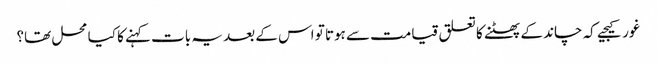
غور کیجیے کہ چاند کے پھٹنے کا تعلق قیامت سے ہوتا تو اس کے بعد یہ بات کہنے کا کیا محل تھا؟